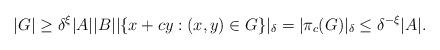
LaTeX: \begin{align*} |G| \geq \delta^{\xi}|A||B| |\{x + cy : (x,y) \in G\}|_{\delta} = |\pi_{c}(G)|_{\delta} \leq \delta^{-\xi}|A|. \end{align*}